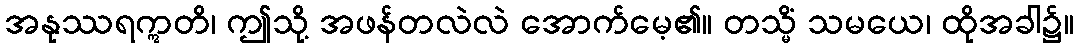
အနုဿရဣတိ၊ ဤသို့ အဖန်တလဲလဲ အောက်မေ့၏။ တသ္မိံ သမယေ၊ ထိုအခါ၌။